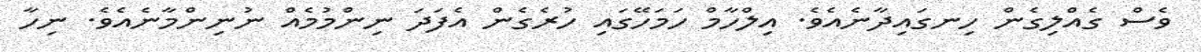
ވެސް ގެއްލިގެން ހިނގައިދާނެއެވެ. އިލްހާމް ހަމަހޭގައި ހުރެގެން އެފަދަ ނިންމުމެއް ނުނިންމާނެއެވެ. ނިހާ